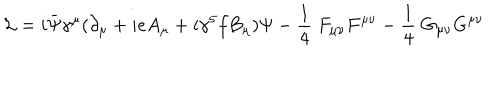
LaTeX: { \cal L } = i \bar { \Psi } \gamma ^ { \mu } ( \partial _ { \mu } + i e A _ { \mu } + i \gamma ^ { 5 } f B _ { \mu } ) \Psi - { \frac { 1 } { 4 } } \; F _ { \mu \nu } F ^ { \mu \nu } - { \frac { 1 } { 4 } } \; G _ { \mu \nu } G ^ { \mu \nu }